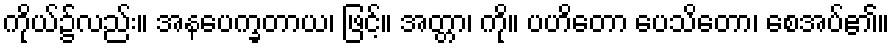
ကိုယ်၌လည်း။ အနပေက္ခတာယ၊ ဖြင့်။ အတ္တာ၊ ကို။ ပဟိတော ပေသိတော၊ စေအပ်၏။